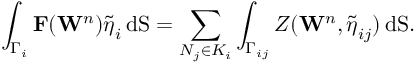
\displaystyle \int _ { \Gamma _ { i } } \mathbf { \cal { F } } ( \mathbf { W } ^ { n } ) { \boldsymbol { \widetilde { \eta } } _ { i } } \, \mathrm { d S } = \displaystyle \sum _ { N _ { j } \in { \cal K } _ { i } } \displaystyle \int _ { \Gamma _ { i j } } { \cal { Z } } ( \mathbf { W } ^ { n } , { { \boldsymbol { \tilde { \eta } } } _ { i j } } ) \, \mathrm { d S } .